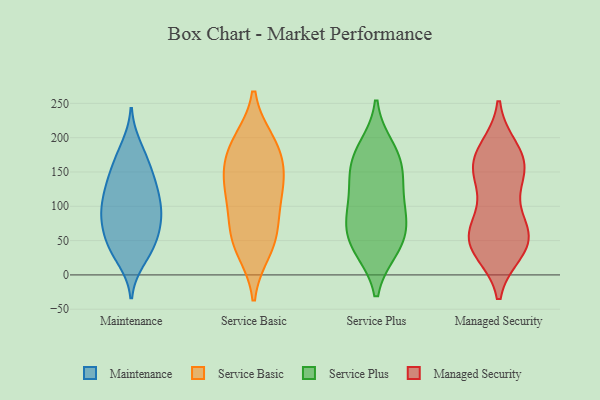
{"axis": {"x": "Tickets Resolved", "y": "Value"}, "legend": ["Maintenance", "Managed Security", "Service Basic", "Service Plus"], "data": [{"x": "", "y": 186, "type": "Maintenance"}, {"x": "", "y": 139, "type": "Maintenance"}, {"x": "", "y": 119, "type": "Maintenance"}, {"x": "", "y": 32, "type": "Maintenance"}, {"x": "", "y": 66, "type": "Maintenance"}, {"x": "", "y": 137, "type": "Maintenance"}, {"x": "", "y": 173, "type": "Maintenance"}, {"x": "", "y": 84, "type": "Maintenance"}, {"x": "", "y": 23, "type": "Maintenance"}, {"x": "", "y": 86, "type": "Maintenance"}, {"x": "", "y": 133, "type": "Maintenance"}, {"x": "", "y": 47, "type": "Maintenance"}, {"x": "", "y": 89, "type": "Maintenance"}, {"x": "", "y": 90, "type": "Maintenance"}, {"x": "", "y": 164, "type": "Maintenance"}, {"x": "", "y": 42, "type": "Maintenance"}, {"x": "", "y": 50, "type": "Maintenance"}, {"x": "", "y": 117, "type": "Maintenance"}, {"x": "", "y": 92, "type": "Maintenance"}, {"x": "", "y": 55, "type": "Service Basic"}, {"x": "", "y": 85, "type": "Service Basic"}, {"x": "", "y": 119, "type": "Service Basic"}, {"x": "", "y": 52, "type": "Service Basic"}, {"x": "", "y": 121, "type": "Service Basic"}, {"x": "", "y": 193, "type": "Service Basic"}, {"x": "", "y": 188, "type": "Service Basic"}, {"x": "", "y": 37, "type": "Service Basic"}, {"x": "", "y": 146, "type": "Service Basic"}, {"x": "", "y": 181, "type": "Service Basic"}, {"x": "", "y": 146, "type": "Service Basic"}, {"x": "", "y": 43, "type": "Service Plus"}, {"x": "", "y": 46, "type": "Service Plus"}, {"x": "", "y": 133, "type": "Service Plus"}, {"x": "", "y": 87, "type": "Service Plus"}, {"x": "", "y": 134, "type": "Service Plus"}, {"x": "", "y": 165, "type": "Service Plus"}, {"x": "", "y": 184, "type": "Service Plus"}, {"x": "", "y": 170, "type": "Service Plus"}, {"x": "", "y": 84, "type": "Service Plus"}, {"x": "", "y": 39, "type": "Service Plus"}, {"x": "", "y": 84, "type": "Service Plus"}, {"x": "", "y": 183, "type": "Managed Security"}, {"x": "", "y": 35, "type": "Managed Security"}, {"x": "", "y": 42, "type": "Managed Security"}, {"x": "", "y": 155, "type": "Managed Security"}, {"x": "", "y": 157, "type": "Managed Security"}, {"x": "", "y": 75, "type": "Managed Security"}, {"x": "", "y": 46, "type": "Managed Security"}, {"x": "", "y": 130, "type": "Managed Security"}, {"x": "", "y": 175, "type": "Managed Security"}, {"x": "", "y": 144, "type": "Managed Security"}, {"x": "", "y": 171, "type": "Managed Security"}, {"x": "", "y": 49, "type": "Managed Security"}, {"x": "", "y": 77, "type": "Managed Security"}, {"x": "", "y": 42, "type": "Managed Security"}, {"x": "", "y": 65, "type": "Managed Security"}]}